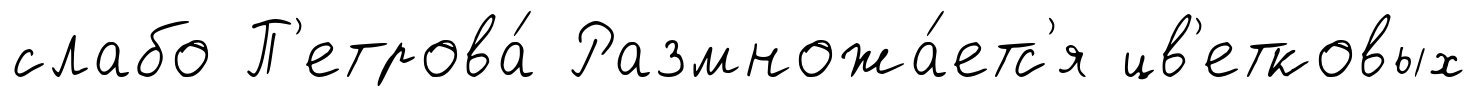
слабо П'етрова́ Размножа́етс'я цв'етковых